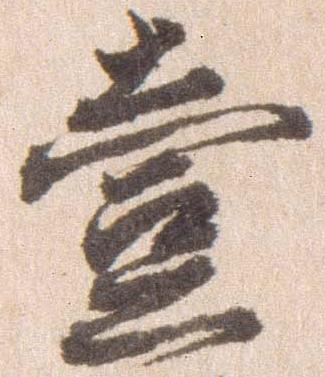
壱